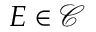
E \in { \mathcal { C } }